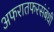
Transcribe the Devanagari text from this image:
अफरातफरसंबंधी